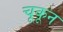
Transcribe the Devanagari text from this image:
चूकून